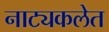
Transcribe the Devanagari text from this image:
नाट्यकलेत